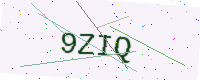
Text: 9ZIQ